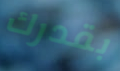
بقدرك